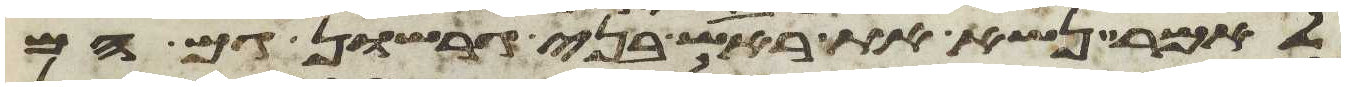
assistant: לאמר נשא את ראש בני גרשון גם הם